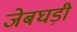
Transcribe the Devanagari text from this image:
जेबघड़ी